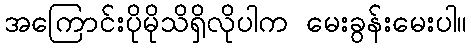
အကြောင်းပိုမိုသိရှိလိုပါက မေးခွန်းမေးပါ။